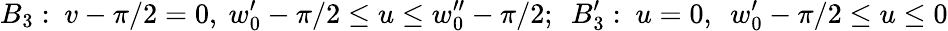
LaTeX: B_{3}:~v-\pi/2=0,~w_{0}^{\prime}-\pi/2\leq u\leq w_{0}^{\prime\prime}-\pi/2;~~B_{3}^{\prime}:~u=0,~~w_{0}^{\prime}-\pi/2\leq u\leq 0